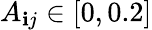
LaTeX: A_{\mathbf{i}j}\in[0,0.2]